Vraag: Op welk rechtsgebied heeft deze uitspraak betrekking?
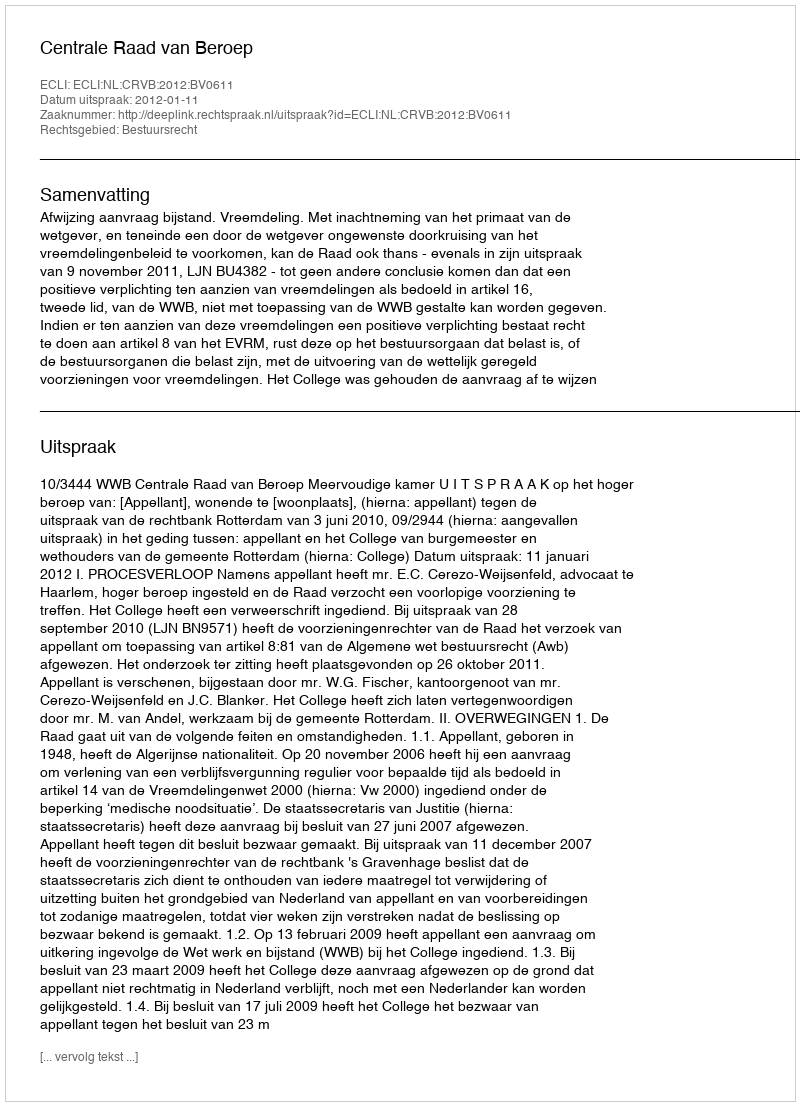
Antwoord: Bestuursrecht